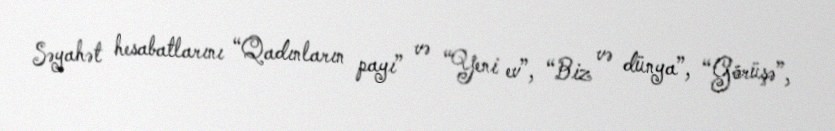
Səyahət hesabatlarını “Qadınların payı” və “Yeni ev”, “Biz və dünya”, “Görüşə”,